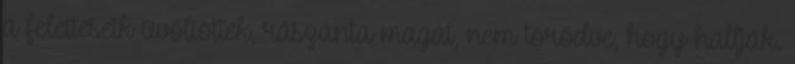
a feletteseik üvöltöttek, rászánta magát, nem törődve, hogy hallják.